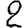
Digit: 2